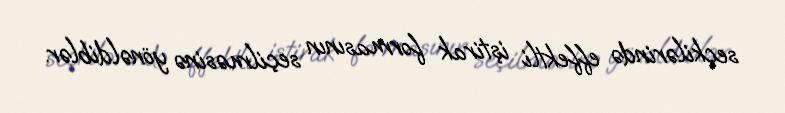
seçkilərində effektli iştirak formasının seçilməsinə yönəldiblər.